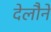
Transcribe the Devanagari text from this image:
देलौने